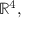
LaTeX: \mathbb { R } ^ { 4 } ,